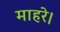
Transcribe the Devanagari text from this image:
माहरे।